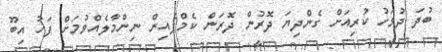
ބުދަ ދުވަހު ކުރިއަށް ގެންދިޔަ ދޮރުން ދޮރަން ކެމްޕެއިން ނިންމާލެއްވުމަށް ފަހު އިބޫ